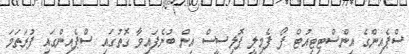
ސްޕެއިންގެ އިންސްޓިޓިއުޓް ފޯ ފެމިލީ ޕޮލިސީސް އިން ބުނެފައިވާ ގޮތުގައި ސްޕެއިންގައި ފުރަތަމަ